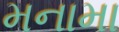
મનામા